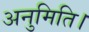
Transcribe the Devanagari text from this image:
अनुमिति।